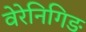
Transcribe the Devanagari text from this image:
वेरेनिगिङ